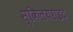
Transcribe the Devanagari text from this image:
स्किलयराइट